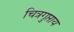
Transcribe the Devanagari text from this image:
चित्रगुप्ताय